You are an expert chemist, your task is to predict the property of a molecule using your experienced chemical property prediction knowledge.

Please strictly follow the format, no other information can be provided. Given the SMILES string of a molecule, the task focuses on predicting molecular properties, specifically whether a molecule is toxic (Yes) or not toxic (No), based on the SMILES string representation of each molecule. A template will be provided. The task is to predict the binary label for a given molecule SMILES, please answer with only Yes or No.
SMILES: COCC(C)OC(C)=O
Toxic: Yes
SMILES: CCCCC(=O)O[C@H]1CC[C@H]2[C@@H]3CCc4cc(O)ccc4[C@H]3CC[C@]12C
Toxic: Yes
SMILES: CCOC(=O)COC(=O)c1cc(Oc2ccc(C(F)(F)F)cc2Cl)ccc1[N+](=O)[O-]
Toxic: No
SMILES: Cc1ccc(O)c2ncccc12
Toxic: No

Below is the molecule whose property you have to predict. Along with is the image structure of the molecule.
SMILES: C=CCC1=C(C)[C@@H](OC(=O)[C@@H]2[C@@H](C=C(C)C)C2(C)C)CC1=O
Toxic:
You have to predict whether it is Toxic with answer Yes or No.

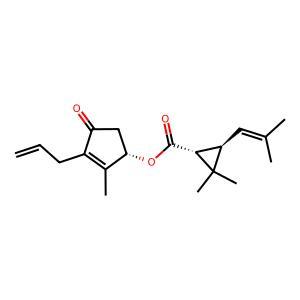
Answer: No